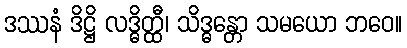
ဒဿနံ ဒိဋ္ဌိ လဒ္ဓိတ္ထီ၊ သိဒ္ဓန္တော သမယော ဘဝေ။